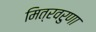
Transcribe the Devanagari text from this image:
मित्रवरुणा